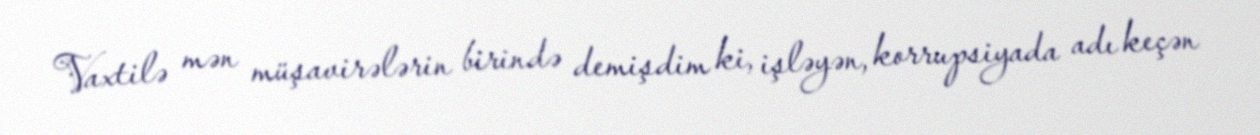
Vaxtilə mən müşavirələrin birində demişdim ki, işləyən, korrupsiyada adı keçən